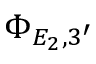
\Phi _ { E _ { 2 } , 3 ^ { \prime } }